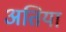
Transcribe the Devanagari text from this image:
अतिया